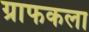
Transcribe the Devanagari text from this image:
ग्राफकला